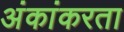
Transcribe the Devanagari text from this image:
अंकांकरता